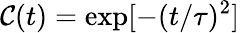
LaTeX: \mathcal{C}(t)=\mathrm{{exp}}[-(t/\tau)^{2}]